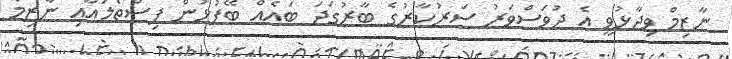
ނާޒިމް ވިދާޅުވީ އެ ދުވަސްވަރު ސަރުކާރުގެ ބާރުގަދަ ބައެއް ބޭފުޅުން ފިސްތޯލައާއި ނާޒިމާ